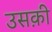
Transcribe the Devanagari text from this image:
उसक़ी